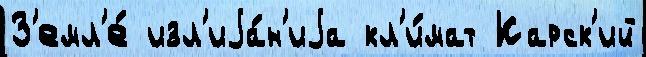
З'емл'е́ изл'иjа́н'иjа кл'и́мат Карск'ий